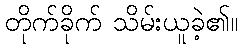
တိုက်ခိုက် သိမ်းယူခဲ့၏။